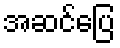
အဆင်ပြေ